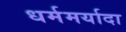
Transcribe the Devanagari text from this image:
धर्ममर्यादा